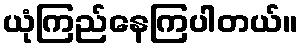
ယုံကြည်နေကြပါတယ်။